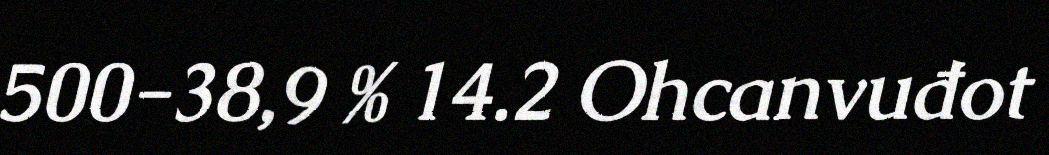
500-38,9 % 14.2 Ohcanvuđot